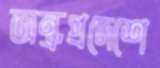
অন্ধ্রপ্রদেশে